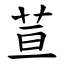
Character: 荁